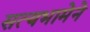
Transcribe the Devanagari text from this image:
सत्यभामेने